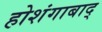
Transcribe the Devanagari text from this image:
होशंगाबाद्